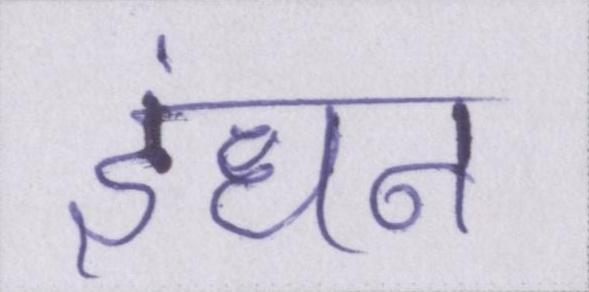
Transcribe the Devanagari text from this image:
इंधन